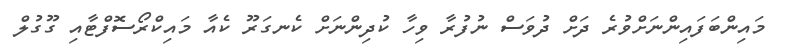
މައިންބަފައިންނަށްވުރެ ދަށް ދުވަސް ނުފުރާ ވިހާ ކުދިންނަށް ކެނގަރޫ ކެއާ މައިކްރޯސޮފްޓާއި ގޫގުލް